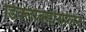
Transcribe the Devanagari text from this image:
डिक्लोक्सेसिलिन